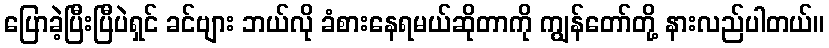
ပြောခဲ့ပြီးပြီပဲရှင် ခင်ဗျား ဘယ်လို ခံစားနေရမယ်ဆိုတာကို ကျွန်တော်တို့ နားလည်ပါတယ်။